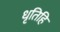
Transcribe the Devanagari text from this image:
धृतिहि